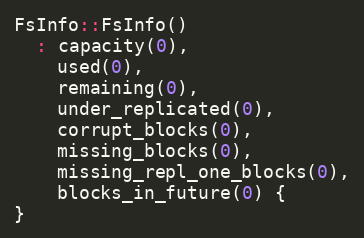
Language: C++
FsInfo::FsInfo()
  : capacity(0),
    used(0),
    remaining(0),
    under_replicated(0),
    corrupt_blocks(0),
    missing_blocks(0),
    missing_repl_one_blocks(0),
    blocks_in_future(0) {
}